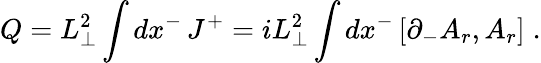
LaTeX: Q=L_{\perp}^{2}\int dx^{-}\, J^{+}=iL_{\perp}^{2}\int dx^{-}\left[\partial_{-}A_{r},A_{r}\right]\; .